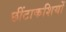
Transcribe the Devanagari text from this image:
छींटाकशियों